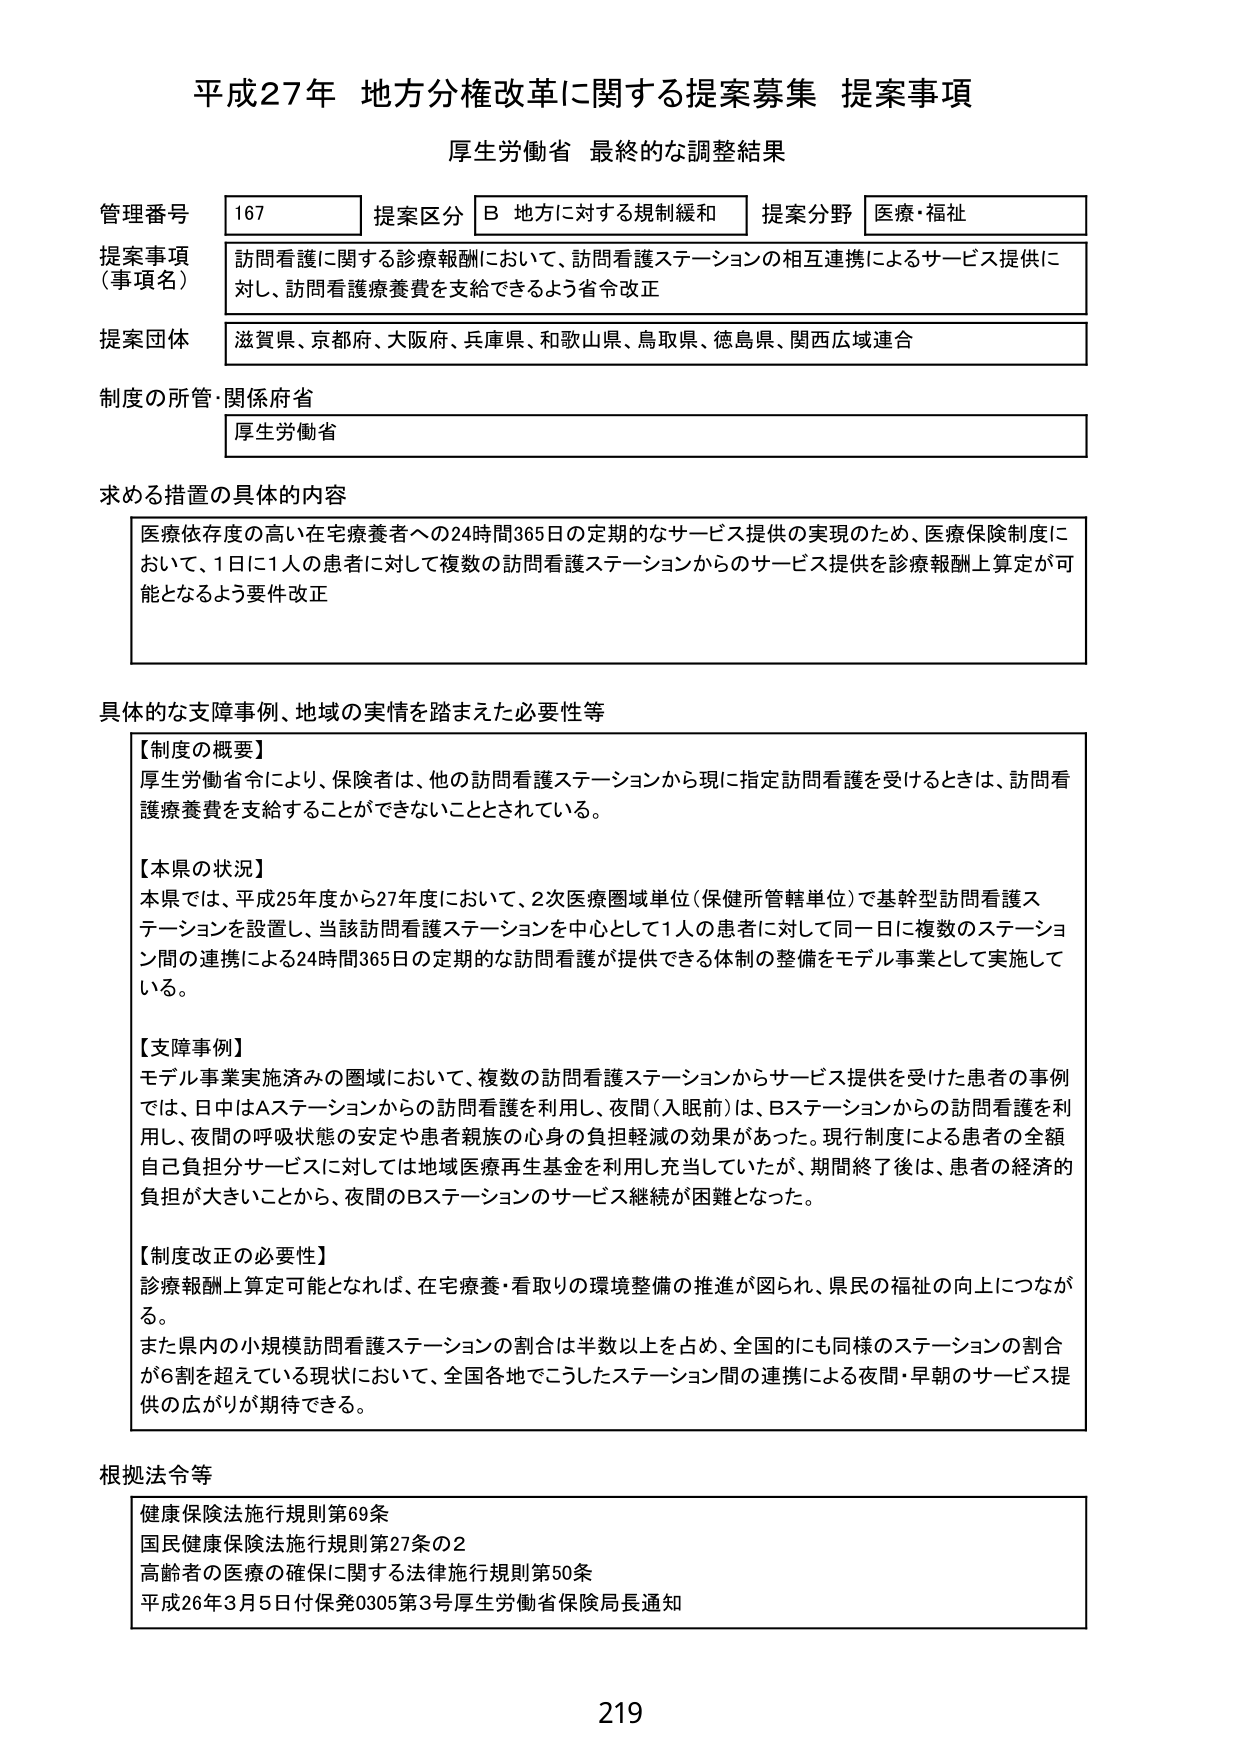
平成27年 地方分権改革に関する提案募集 提案事項
厚生労働省 最終的な調整結果

管理番号 167
提案区分 B 地方に対する規制緩和
提案分野 医療・福祉

提案事項（事項名）
訪問看護に関する診療報酬において、訪問看護ステーションの相互連携によるサービス提供に対し、訪問看護療養費を支給できるよう省令改正

提案団体
滋賀県、京都府、大阪府、兵庫県、和歌山県、鳥取県、徳島県、関西広域連合

制度の所管・関係府省
厚生労働省

求める措置の具体的内容
医療依存度の高い在宅療養者への24時間365日の定期的なサービス提供の実現のため、医療保険制度において、1日に1人の患者に対して複数の訪問看護ステーションからのサービス提供を診療報酬上算定が可能となるよう要件改正

具体的な支障事例、地域の実情を踏まえた必要性等
【制度の概要】
厚生労働省令により、保険者は、他の訪問看護ステーションから現に指定訪問看護を受けるときは、訪問看護療養費を支給することができないこととされている。

【本県の状況】
本県では、平成25年度から27年度において、2次医療圏域単位（保健所管轄単位）で基幹型訪問看護ステーションを設置し、当該訪問看護ステーションを中心として1人の患者に対して同一日に複数のステーション間の連携による24時間365日の定期的な訪問看護が提供できる体制の整備をモデル事業として実施している。

【支障事例】
モデル事業実施済みの圏域において、複数の訪問看護ステーションからサービス提供を受けた患者の事例では、日中はAステーションからの訪問看護を利用し、夜間（入眠前）は、Bステーションからの訪問看護を利用し、夜間の呼吸状態の安定や患者親族の心身の負担軽減の効果があった。現行制度による患者の全額自己負担分サービスに対しては地域医療再生基金を利用し充当していたが、期間終了後は、患者の経済的負担が大きいことから、夜間のBステーションのサービス継続が困難となった。

【制度改正の必要性】
診療報酬上算定可能となれば、在宅療養・看取りの環境整備の推進が図られ、県民の福祉の向上につながる。
また県内の小規模訪問看護ステーションの割合は半数以上を占め、全国的にも同様のステーションの割合が6割を超えている現状において、全国各地でこうしたステーション間の連携による夜間・早朝のサービス提供の広がりが期待できる。

根拠法令等
健康保険法施行規則第69条
国民健康保険法施行規則第27条の2
高齢者の医療の確保に関する法律施行規則第50条
平成26年3月5日付保発0305第3号厚生労働省保険局長通知

219